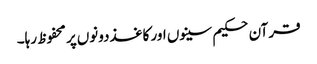
قرآن حکیم سینوں اور کاغذ‌دونوں‌پر محفوظ رہا۔